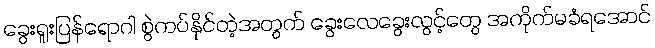
ခွေးရူးပြန်ရောဂါ စွဲကပ်နိုင်တဲ့အတွက် ခွေးလေခွေးလွင့်တွေ အကိုက်မခံရအောင်